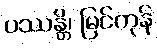
ပဿန္တိ၊ မြင်ကုန်